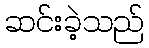
ဆင်းခဲ့သည်